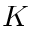
K